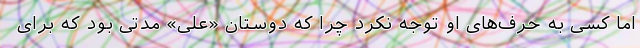
اما کسی به حرف‌های او توجه نکرد چرا که دوستان «علی» مدتی بود که برای